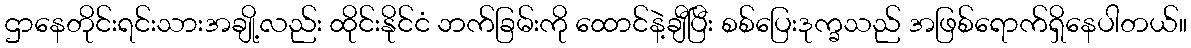
ဌာနေတိုင်းရင်းသားအချို့လည်း ထိုင်းနိုင်ငံ ဘက်ခြမ်းကို ထောင်နဲ့ချီပြီး စစ်ပြေးဒုက္ခသည် အဖြစ်ရောက်ရှိနေပါတယ်။